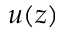
u ( z )